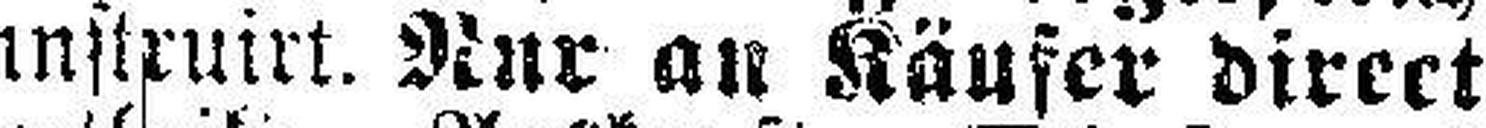
instruirt. Nur an Käufer direct